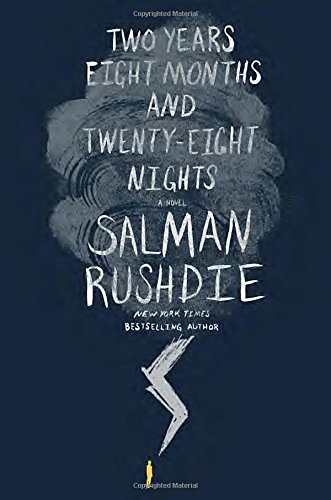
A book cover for Two Years Eight Months and Twenty-Eight Nights: A Novel; Salman Rushdie; Science Fiction & Fantasy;